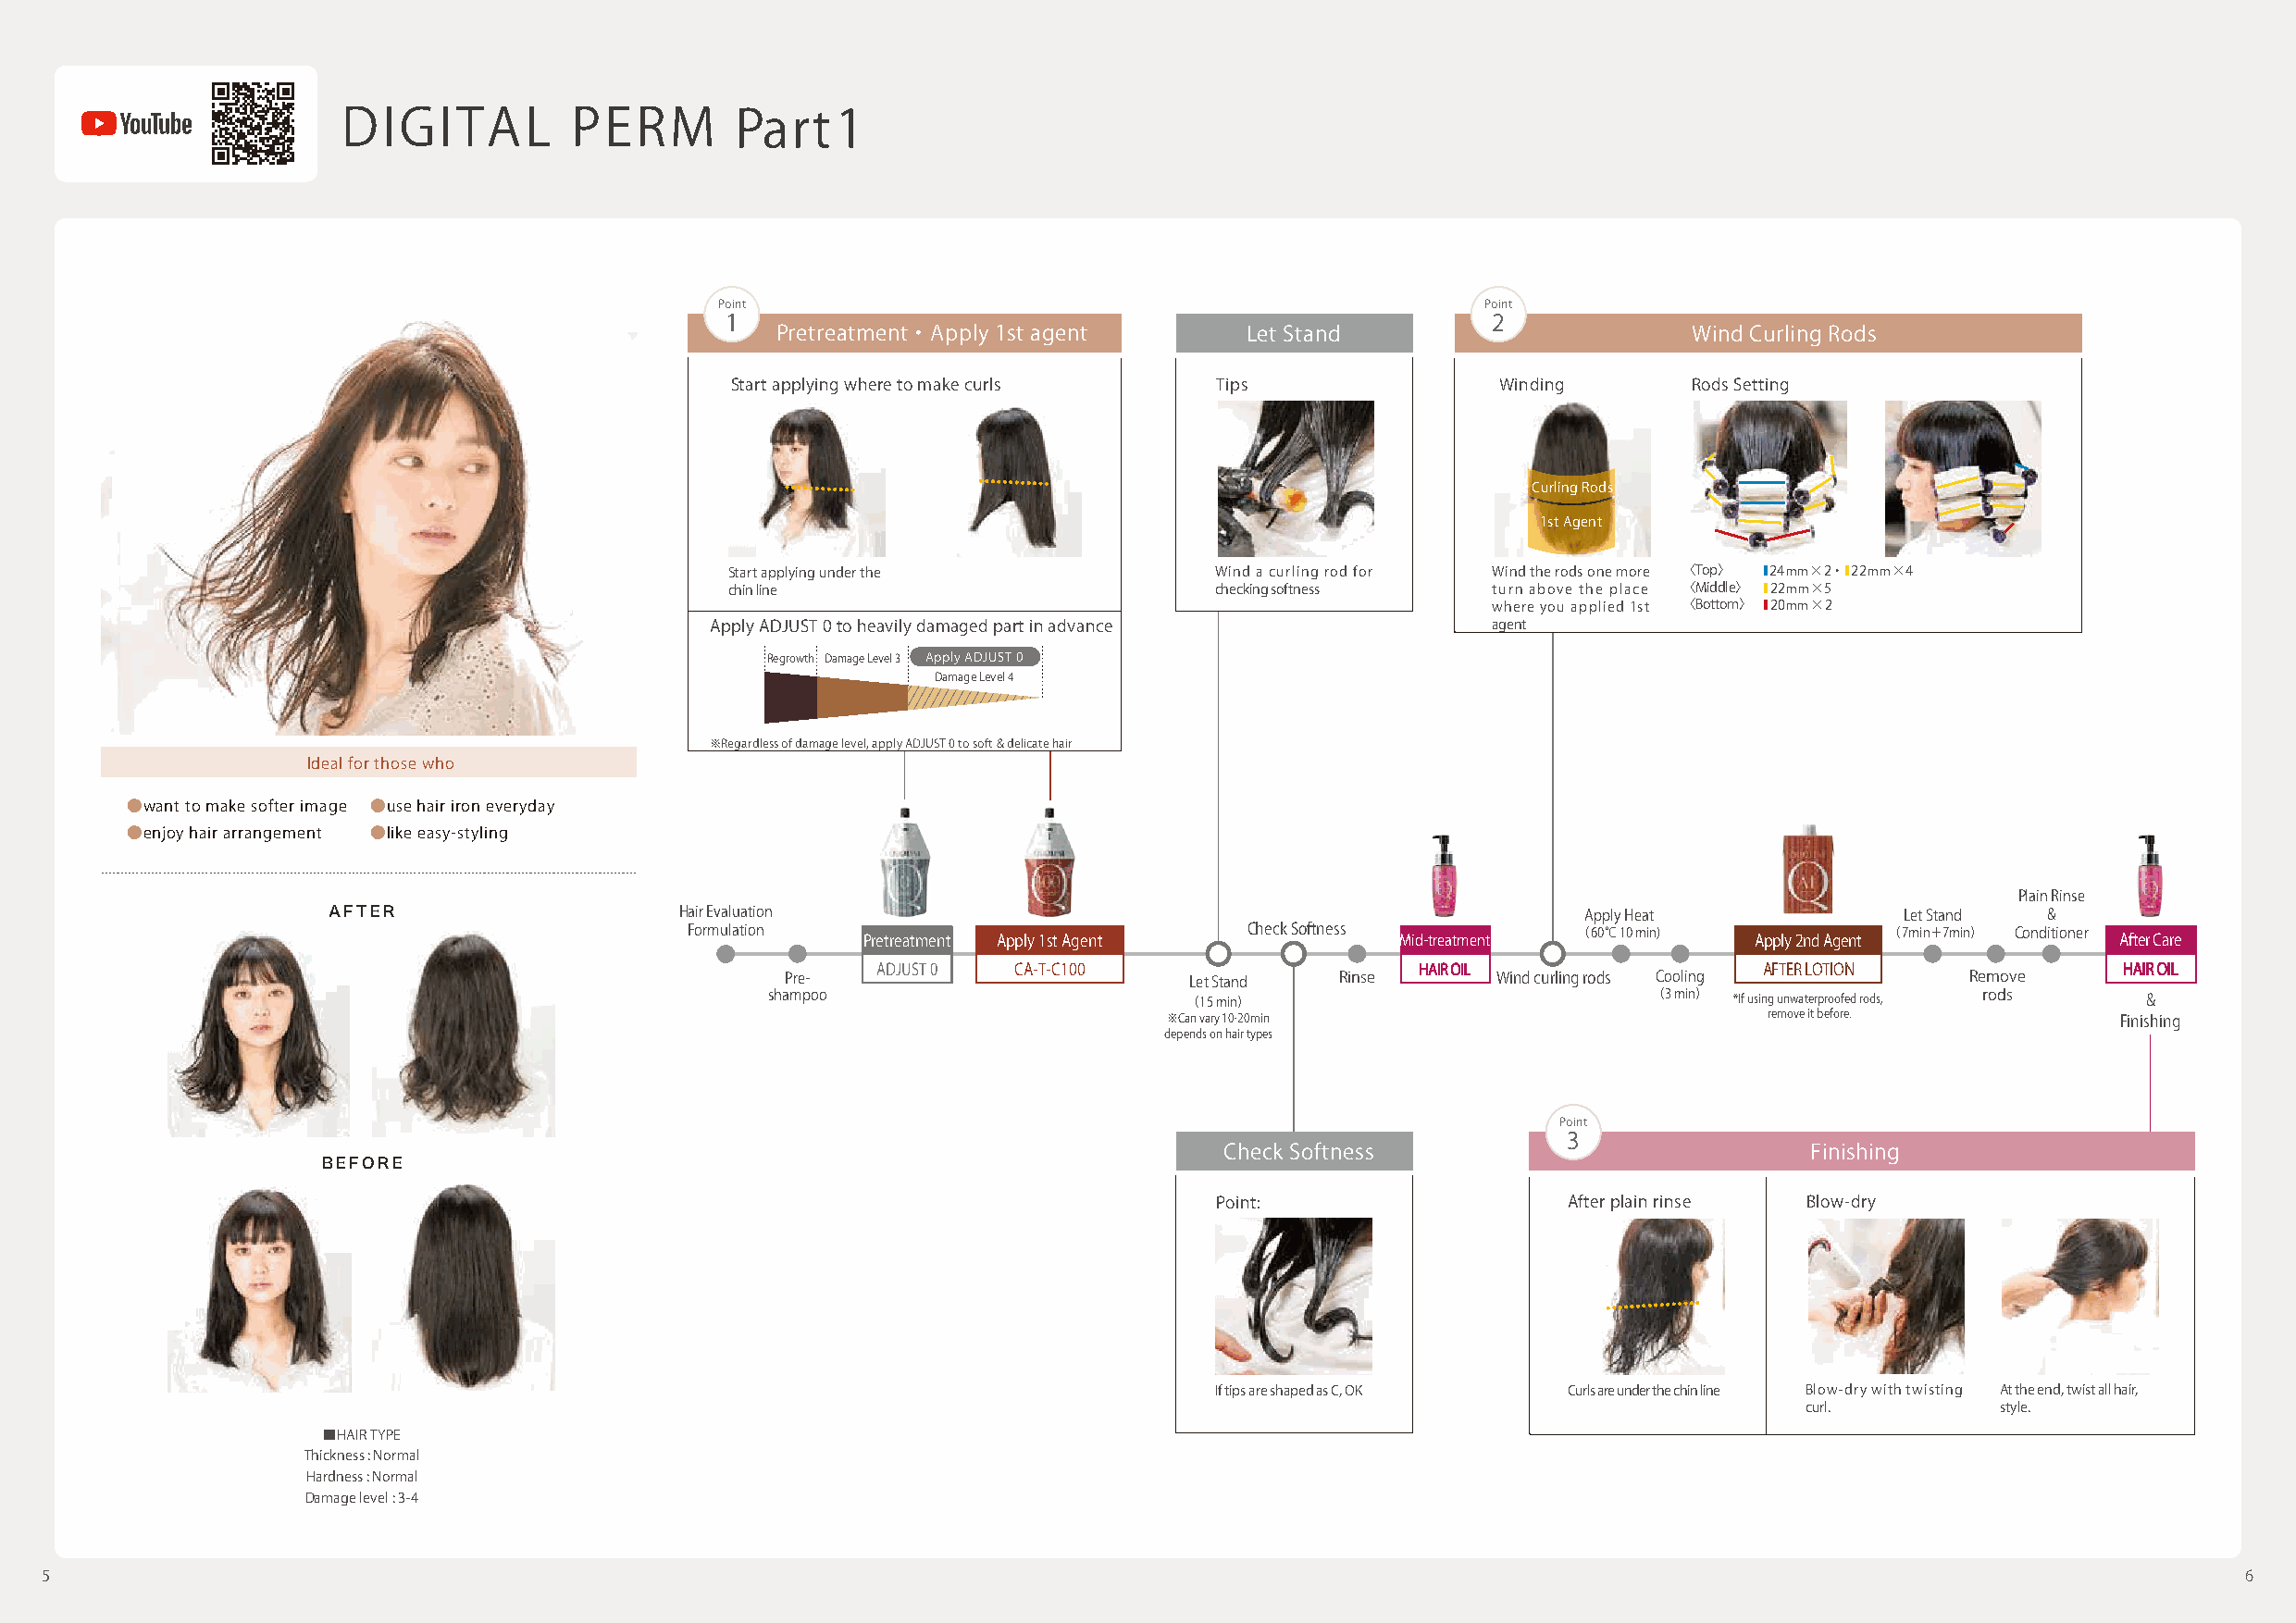
DIGITAL          PERM        Part   1
 Point                                                  Point
 1                                                      2
 Pretreatment ・ Apply 1st agent   Let Stand                       Wind Curling Rods
 Start applying where to make curls Tips                Winding       Rods Setting
 Curling Rods
 1st Agent
 Start applying under the           Wind a curling rod for Wind the rods one more 〈Top〉 ■24mm×2・ ■22mm×4
 chin line                          checking softness   turn above the place 〈Middle〉 ■22mm×5
 where you applied 1st 〈Bottom〉 ■20mm×2
 Apply ADJUST 0 to heavily damaged part in advance       agent
 Regrowth Damage Level 3 Apply ADJUST 0
 Damage Level 4
 ※Regardless of damage level, apply ADJUST 0 to soft & delicate hair
 Ideal for those who
 ●want to make softer image ●use hair iron everyday
 ●enjoy hair arrangement ●like easy-styling
 Plain Rinse
 AFTER                    Hair Evaluation                                                 Apply Heat             Let Stand &
 Formulation                             Check Softness          （60℃ 10 min)          （7min＋7min） Conditioner
 Pre前tre処atm理ent Apply 1st Agent       Mid-treatment             Apply 2nd Agent           After Care
 アAジDャJUスSTト 0O CA-T-C100               HAIR OIL                 AFTER LOTION              HAIR OIL
 Pre-                         Let Stand  Rinse      Wind curling rods Cooling         Remove
 shampoo                       （15 min）                         （3 min） *If using unwaterproofed rods, rods &
 ※Can vary 10-20min                         remove it before.         Finishing
 depends on hair types
 Point
 3
 Check Softness                           Finishing
 BEFORE
 Point:                   After plain rinse Blow-dry
 If tips are shaped as C, OK Curls are under the chin line Blow-dry with twisting At the end, twist all hair,
 curl.         style.
 ■HAIR TYPE
 Thickness : Normal
 Hardness : Normal
 Damage level : 3-4
 5                                                                                                                                                             6